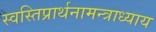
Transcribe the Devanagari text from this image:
स्वस्तिप्रार्थनामन्त्राध्याय